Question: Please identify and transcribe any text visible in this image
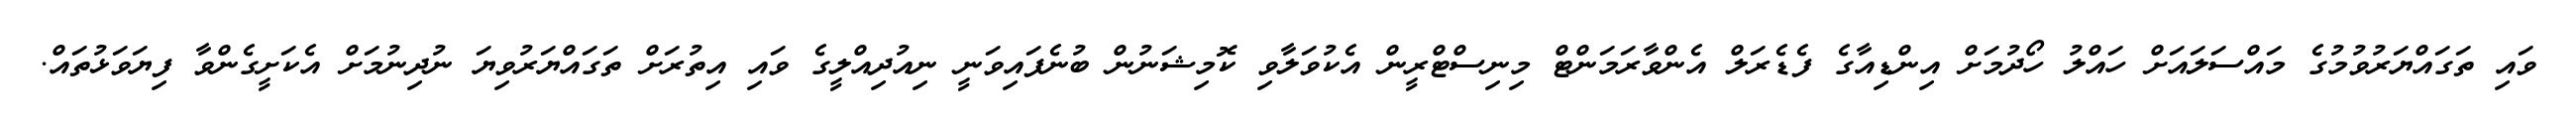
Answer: ވައި ތަގައްޔަރުވުމުގެ މައްސަލައަށް ހައްލު ހޯދުމަށް އިންޑިއާގެ ފެޑެރަލް އެންވާރަމަންޓް މިނިސްޓްރީން އެކުވަލާވި ކޮމިޝަނުން ބުނެފައިވަނީ ނިއުދިއްލީގެ ވައި އިތުރަށް ތަގައްޔަރުވިޔަ ނުދިނުމަށް އެކަށީގެންވާ ފިޔަވަޅުތައް.